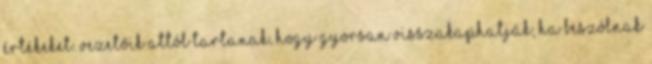
értékeket. Vezetőik attól tartanak, hogy gyorsan visszakaphatják, ha beszólnak